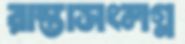
রাস্তাসংলগ্ন